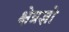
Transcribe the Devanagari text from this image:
क्षेत्रज्ञो